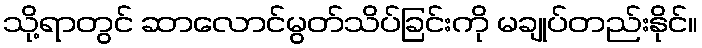
သို့ရာတွင် ဆာလောင်မွတ်သိပ်ခြင်းကို မချုပ်တည်းနိုင်။